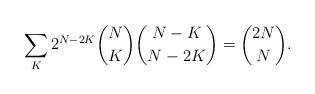
LaTeX: \begin{align*}\sum_K2^{N-2K}{N\choose K}{N-K\choose N-2K}={2N\choose N}.\end{align*}